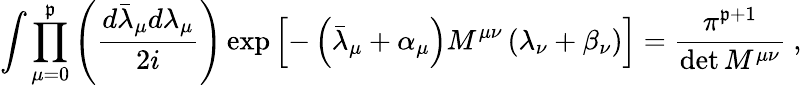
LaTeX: \int\prod_{\mu=0}^{\mathfrak{p}}\left(\frac{{d\bar{{\lambda}}_{\mu}d\lambda_{\mu}}}{{2i}}\right)\exp\left[-\left(\bar{{\lambda}}_{\mu}+\alpha_{\mu}\right)M^{\mu\nu}\left(\lambda_{\nu}+\beta_{\nu}\right)\right]=\frac{{\pi^{\mathfrak{p}+1}}}{{\operatorname*{det}M^{\mu\nu}}}~,